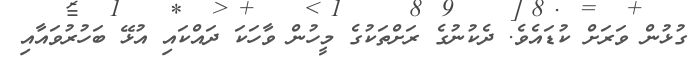
ގުޅުން ވަރަށް ކުޑައެވެ. ދެކުނުގެ ރަށްތަކުގެ މީހުން ވާހަކަ ދައްކައި އުޅޭ ބަހުރުވައާއި